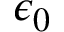
\epsilon _ { 0 }